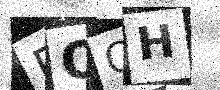
Text: PQQH